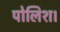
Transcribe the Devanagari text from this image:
पोलिश।